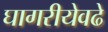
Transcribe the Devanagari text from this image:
घागरीयेवढे